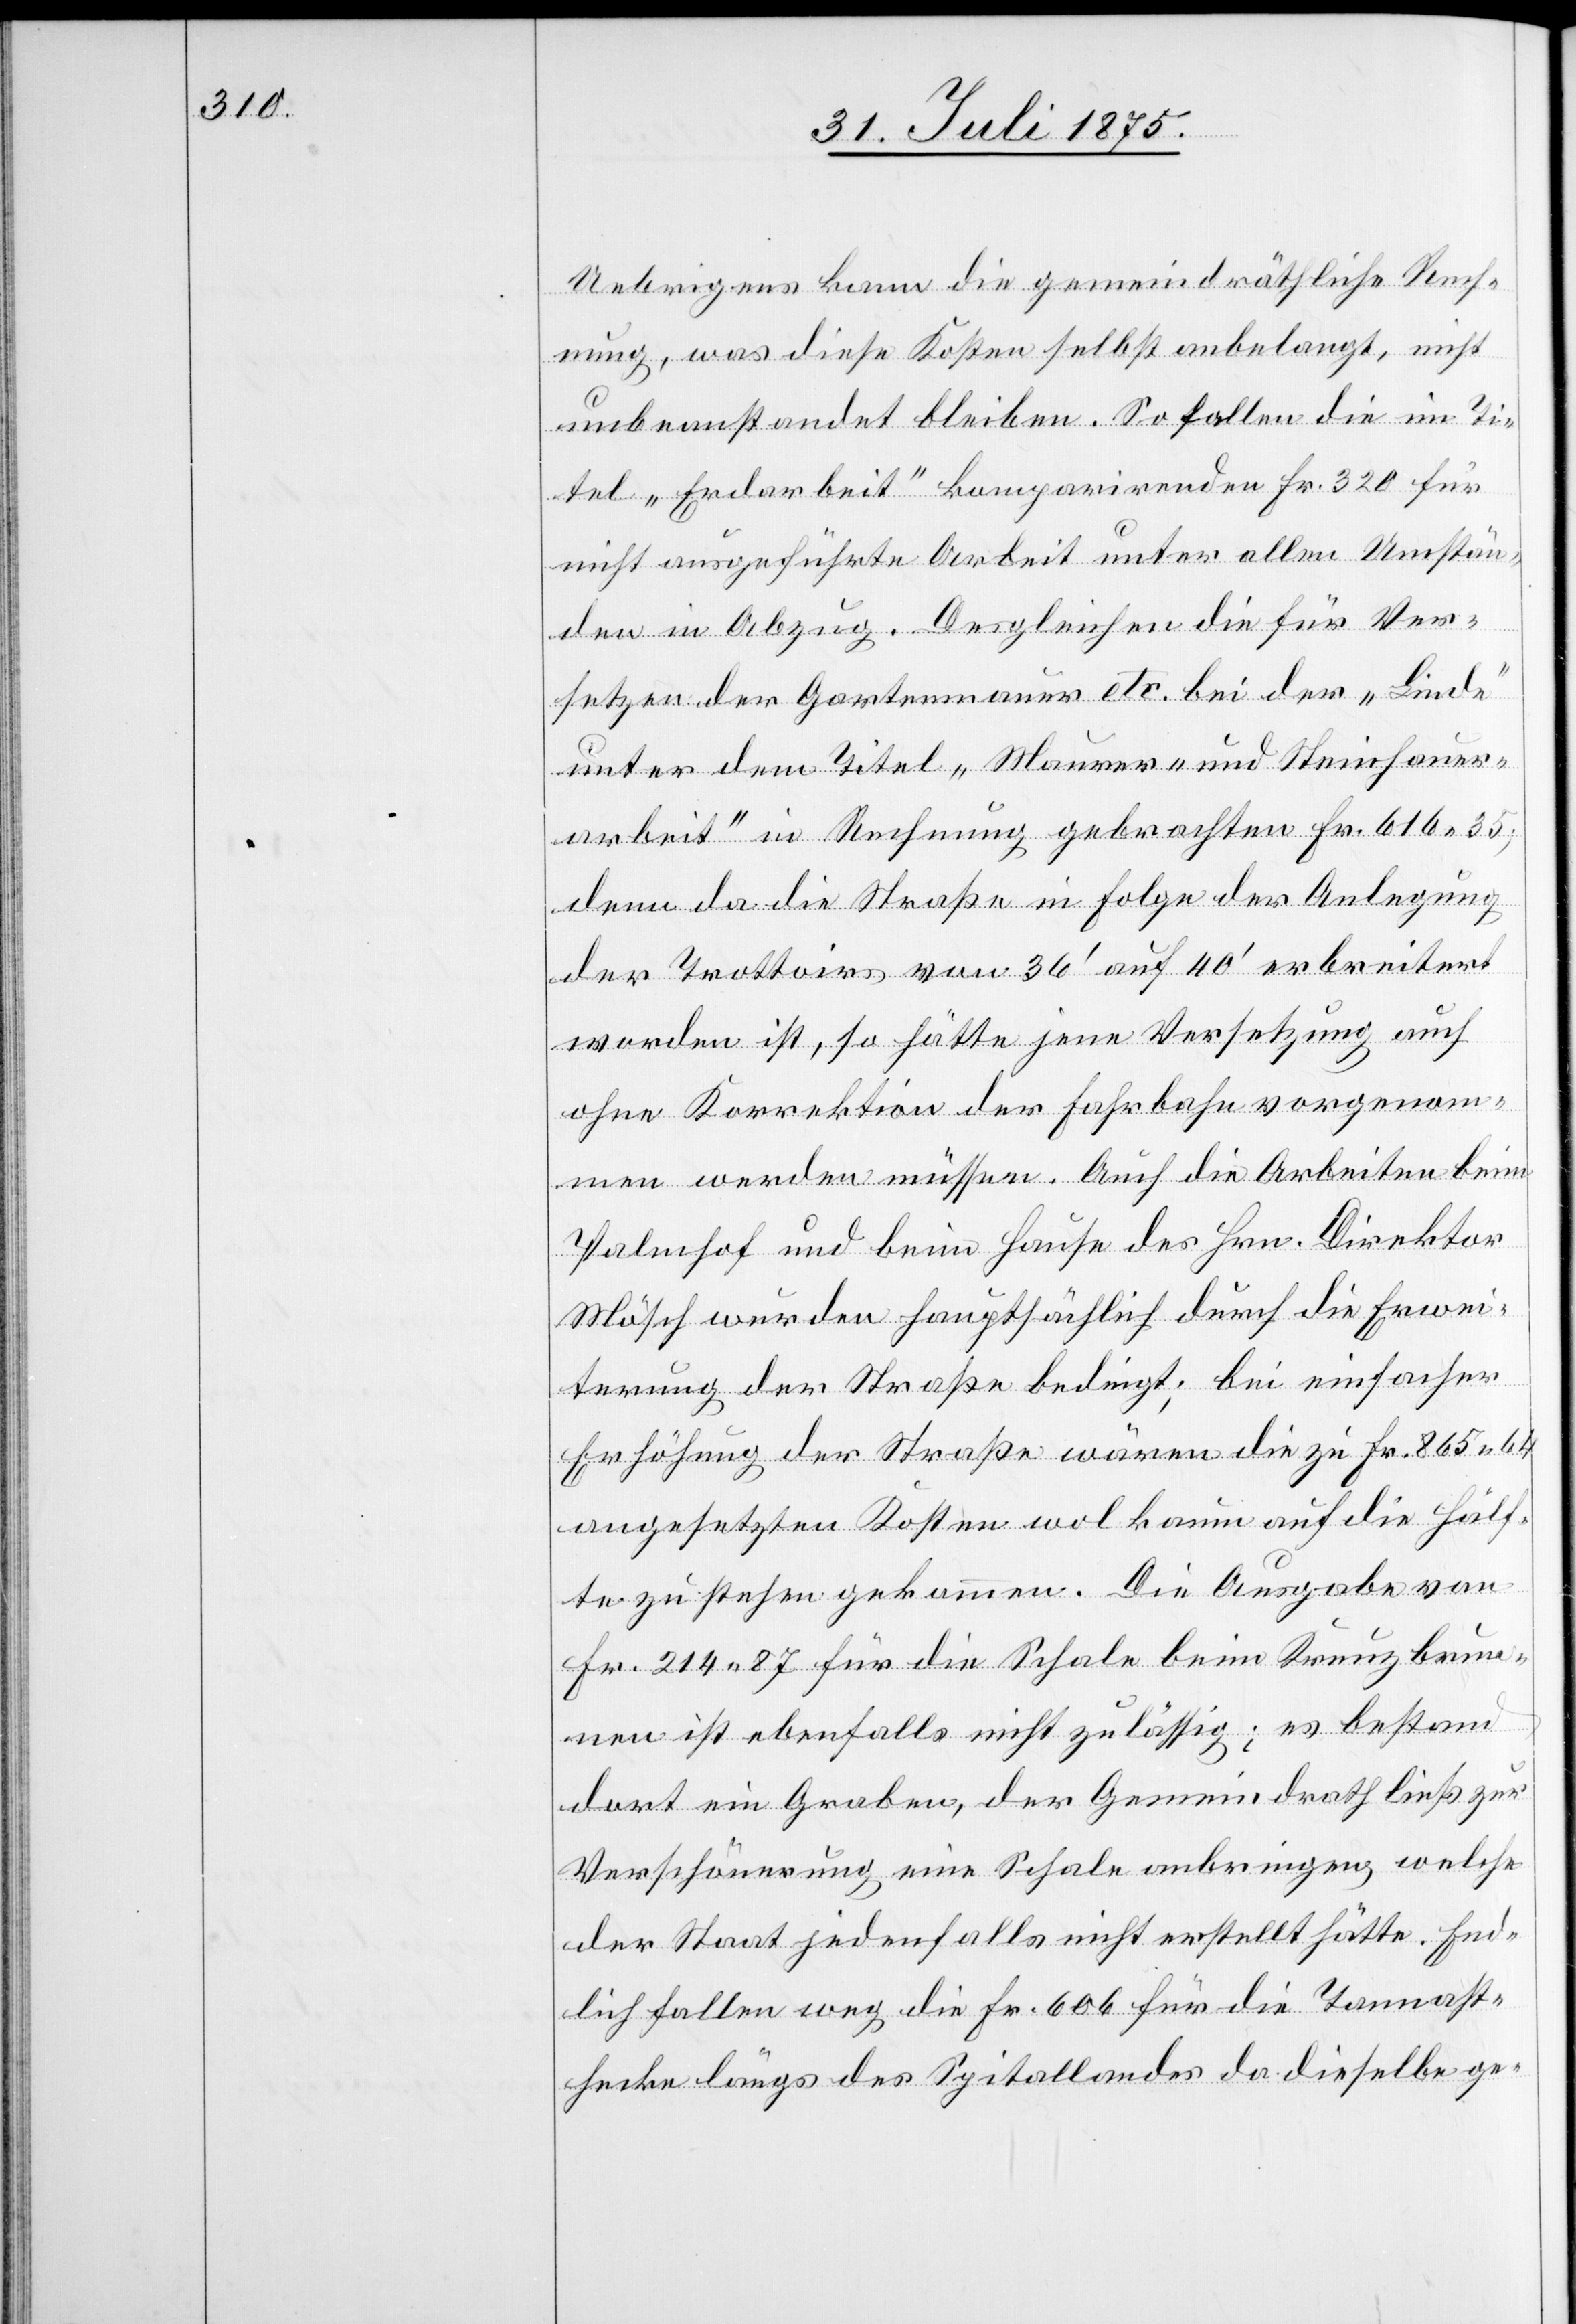
Uebrigens kann die gemeindräthliche Rech¬
nung, was diese Kosten selbst anbelangt, nicht
unbeanstandet bleiben. So fallen die im Ti¬
tel „Erdarbeit“ komparirenden Fr. 320 für
nicht ausgeführte Arbeit unter allen Umstän¬
den in Abzug. Desgleichen die für Ver¬
setzen der Gartenmauer etc. bei der „Linde“
unter dem Titel „Mauer- und Steinhauer¬
arbeit“ in Rechnung gebrachten Fr. 616 35,
denn da die Straße in Folge der Anlegung
der Trottoirs von 36‘ auf 40‘ erbreitert
worden ist, so hätte jene Versetzung auch
ohne Korrektion der Fahrbahn vorgenom¬
men werden müssen. Auch die Arbeiten beim
Palmhof und beim Hause des Hrn. Direktor
Mösch wurden hauptsächlich durch die Erwei¬
terung der Straße bedingt; bei einfacher
Erhöhung der Straße waren die zu Fr. 863 64
angesetzten Kosten wol kaum auf die Hälf¬
te zu stehen gekommen. Die Ausgabe von
Fr. 214 87 für die Schale beim Kreuzbrun¬
nen ist ebenfalls nicht zulässig; es bestand
dort ein Graben, der Gemeindrath ließ zur
Verschönerung eine Schale anbringen welche
der Staat jedenfalls nicht erstellt hätte. End¬
lich fallen weg die Fr. 606 für die Tannast¬
hecke längs des Spitallandes da dieselbe ge-